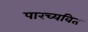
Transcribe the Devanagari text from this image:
पारच्यवित